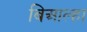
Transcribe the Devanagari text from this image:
बिआल्हा